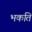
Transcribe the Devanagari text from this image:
भकति